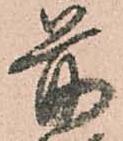
前